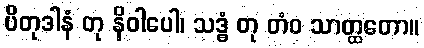
ပိတုဒါနံ တု နိဝါပေါ၊ သဒ္ဓံ တု တံဝ သာတ္ထတော။